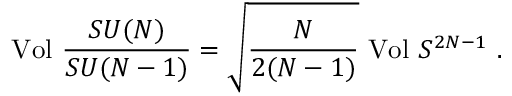
\mathrm { V o l } \ \frac { S U ( N ) } { S U ( N - 1 ) } = \sqrt { \frac { N } { 2 ( N - 1 ) } } \ \mathrm { V o l } \ S ^ { 2 N - 1 } \ .